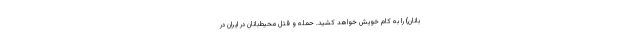
بانان) را به کام خویش خواهد کشید. حمله و قتل محیط‌بانان در ایران در